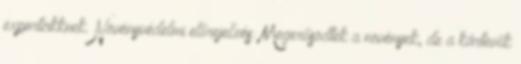
exportcikknek. Növényvédelmi előrejelzés: Megerősödtek a növények, de a kártevők